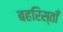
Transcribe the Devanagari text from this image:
बहरिस्ताँ